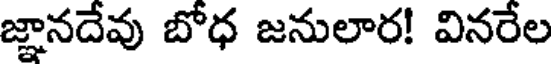
జ్ఞానదేవు బోధ జనులార! వినరేల